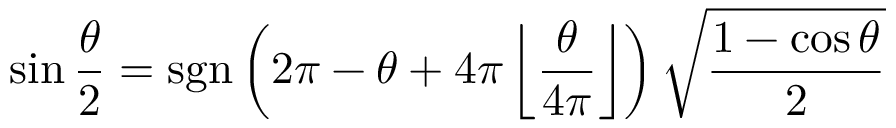
\sin { \frac { \theta } { 2 } } = \operatorname { s g n } \left( 2 \pi - \theta + 4 \pi \left\lfloor { \frac { \theta } { 4 \pi } } \right\rfloor \right) { \sqrt { \frac { 1 - \cos \theta } { 2 } } }